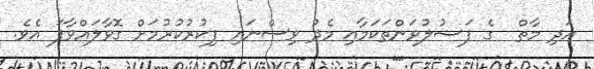
އަދި މާތް  ގެ ފަޟުލުވަންތަކަމާއި މެދު ވިސްނައި ފިކުރުކުރުމަށް ގޮވާލައްވާފަ އެެވެ.